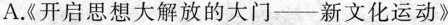
A《开启思想大解放的大门——新文化运动》